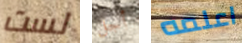
لست أجل اعلمه